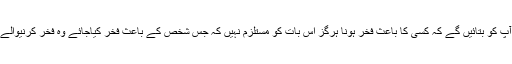
ذرا دین کے میدان میں آئیے ہم آپ کو بتائیں گے کہ کسی کا باعث فخر ہونا ہرگز اس بات کو مستلزم نہیں کہ جس شخص کے باعث فخر کیاجائے وہ فخر کرنیوالے سے افضل یا اس کے برابر ہو۔